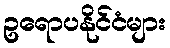
ဥရောပနိုင်ငံများ